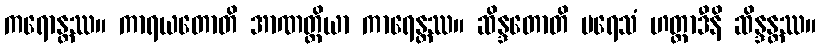
ကရောန္တဿ။ ကာရယတောတိ အာဏတ္တိယာ ကာရေန္တဿ။ ဆိန္ဒတောတိ ပရေသံ ဟတ္ထာဒီနိ ဆိန္ဒန္တဿ။